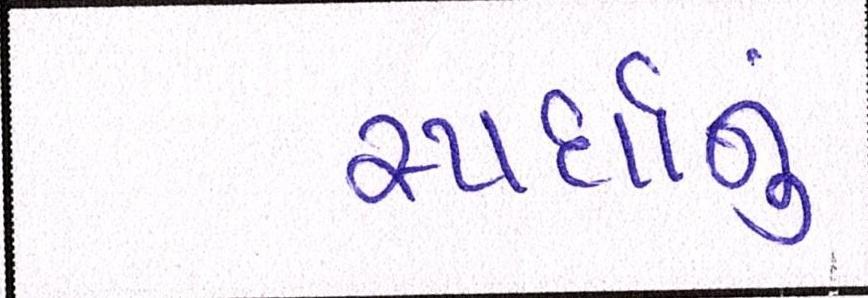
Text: સ્પર્ધાનું